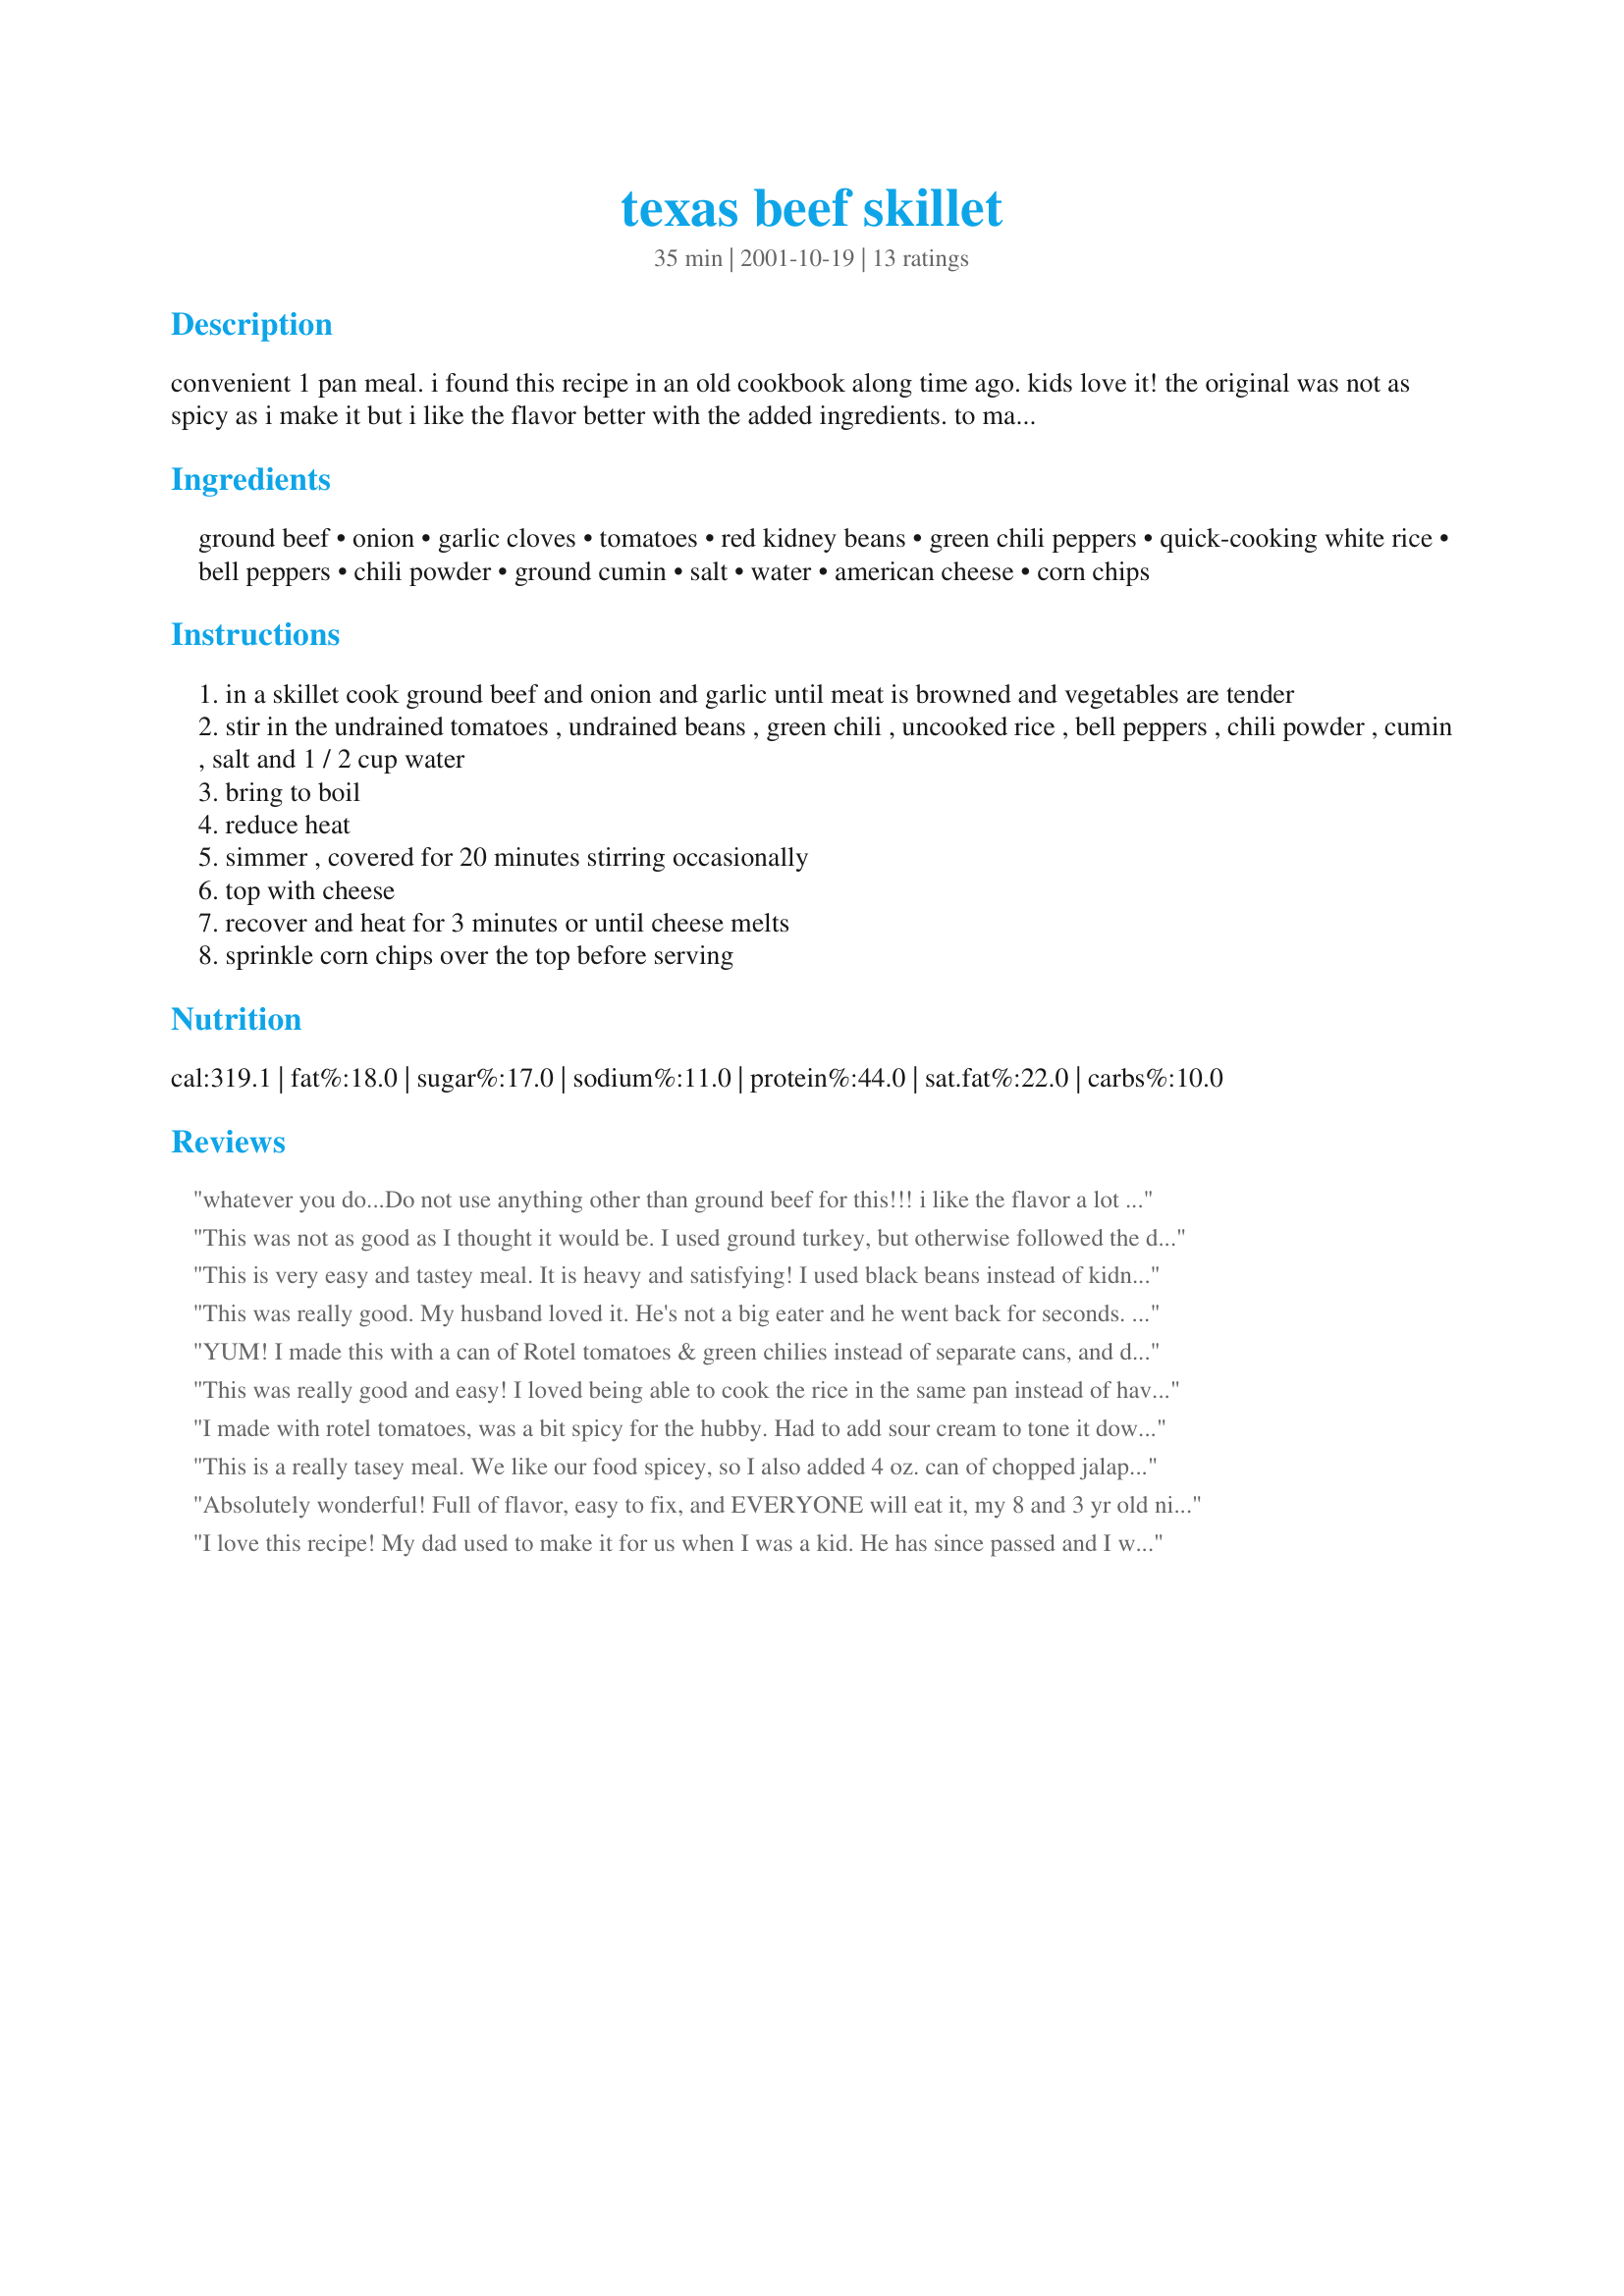
texas beef skillet
Preparation time: 35 minutes

convenient 1 pan meal. i found this recipe in an old cookbook along time ago. kids love it! the original was not as spicy as i make it but i like the flavor better with the added ingredients. to make it even spicier, add some jalapeños instead of the green chili. i also add frozen corn once in awhile.

Ingredients:
ground beef, onion, garlic cloves, tomatoes, red kidney beans, green chili peppers, quick-cooking white rice, bell peppers, chili powder, ground cumin, salt, water, american cheese, corn chips

Steps:
in a skillet cook ground beef and onion and garlic until meat is browned and vegetables are tender
stir in the undrained tomatoes , undrained beans , green chili , uncooked rice , bell peppers , chili powder , cumin , salt and 1 / 2 cup water
bring to boil
reduce heat
simmer , covered for 20 minutes stirring occasionally
top with cheese
recover and heat for 3 minutes or until cheese melts
sprinkle corn chips over the top before serving

Reviews:
whatever you do...Do not use anything other than ground beef for this!!! i like the flavor a lot but i used a nice cut of beef and cut it into chunks and it came out very tough, even though i tried to let it cook to get soft. oh well...i will try again with ground beef. other wise...good!
This was not as good as I thought it would be. I used ground turkey, but otherwise followed the directions exactly. I felt it needed more rice to be a real one-dish meal; instead, DH & I wrapped the mixture in tortillas & topped with cheese & lettuce -- it was tasty, but it wasn't what I had expected. Thanks!
This is very easy and tastey meal. It is heavy and satisfying! I used black beans instead of kidney beans, because I prefer their lighter flavor! Both my kids loved it. Good stuff, thanks for posting!!!
This was really good. My husband loved it. He's not a big eater and he went back for seconds. That almost never happens even when he really loves something. I added my water with the meat, garlic and onions because my meat was already cooked. I didn't have any beans to add but I would be willing to try them the next time I make it. I didn't have quick cooking rice and added 3 cups of hot cooked rice. I forgot the peppers and cut the cumin and chili powder to 1t. each because my kids don't do spicy. My daughter thought it was still to spicy. I added sour cream on top. My husband thinks that this would be good in a tortilla but he'll eat it anyway he can get it. Thanks Karen for a fast, easy, last minute dinner!
YUM! I made this with a can of Rotel tomatoes & green chilies instead of separate cans, and didn't have the bell peppers so skipped that. Also used shredded cheddar instead of American cheese. And doubled the rice when I saw other comments.
VERY GOOD meal and really satisfied our craving for Tex-Mex, as well as only using one pan (cast iron skillet for us). Great recipe, Thanks! ~TJ
This was really good and easy! I loved being able to cook the rice in the same pan instead of having to cook it separately. I did have to cook it a bit longer than 20 minutes because I used regular rice, but it turned out just fine.
I was hesitant about adding the can of chili peppers because I'm an absolute wuss about spicy food, but I closed my eyes and dumped 'em in anyways. Guess what!! It wasn't too hot at all! I used a heaping 3/4 cup of shredded mild cheddar that I needed to use and we both added more cheese at the table, because, well, you can never have too much cheese! Also used more garlic for the same reason! Quick, easy, only uses one pan and tastes yummy. What's not to like? Thank you Karen for a recipe that puts dinner on the table on the nights when I don't really feel like cooking. Served it with some white corn tortillas I heated up in the oven then buttered.
I made with rotel tomatoes, was a bit spicy for the hubby. Had to add sour cream to tone it down. Must say it is my kind of dish, especially with the addition of corn and another 1/2 cup of rice. Makes quite a lot, will freeze for later use. Wish I had bought tortillas!
This is a really tasey meal. We like our food spicey, so I also added 4 oz. can of chopped jalapenos. It made enough for two meals, so I didn't put the cheese on until it was on the plates and put in the microwave to melt the cheese before topping with the corn chips. Reheated it for lunch the next day and it was even better!
Absolutely wonderful! Full of flavor, easy to fix, and EVERYONE will eat it, my 8 and 3 yr old nieces and my 18 month old daughter. I added the frozen corn, a bit more bell pepper, a little extra rice and had to separate it to add jalapenos for the adults, thanks for sharing!!
I love this recipe! My dad used to make it for us when I was a kid. He has since passed and I was whishing I could make it for my kids but couldn't fine it anywhere, until now! Thanks Karen for giving me a piece of my childhood back!
This was great! I wasn&#039;t sure if quick cooking rice meant Minute Rice, so I cooked 1/2 cup rice separately and added it in. Also, I used pinto beans for kidney; which was just personal preference. I carried a portion to my 94 year old Canadian born neighbor and she thought it was super! Just a simple, homey meal. Karen, thank you again for another winning recipe!!
This is a quick recipe to fix and above all very tastey. Everyone in the family liked it. I like the green chilis in this recipe. My daughter wanted more rice in it. You should be able to add another 1/2 cup rice and some water.
This is a great one-dish meal that came together quickly and pleased the entire family. I made some changes based on what I had in the kitchen at the time: 1 1/2 pounds of ground beef and a little extra chili powder, but no cumin or green chiles. It wasn't very spicy that way, but it was still tasty and definitely a dish I will make again.
